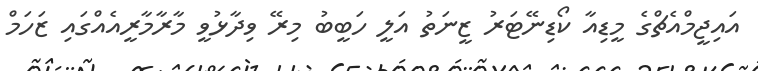
އައިޖީމްއެޗްގެ މީޑިއާ ކޯޑިނޭޓަރު ޒީނަތު އަލީ ހަބީބު މިރޭ ވިދާޅުވީ މާރާމާރީއެއްގައި ޒަހަމް